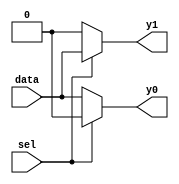
module demux_2_1(
	input sel,data,
	output reg y0,y1
);

always @(*) begin 

	y0 = (sel == 1'b0) ? data : 1'b0;
	y1 = (sel == 1'b1) ? data : 1'b0;
	
end 
endmodule